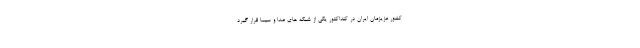
کشور عزیزمان ایران در کنداکتور یکی از شبکه های صدا و سیما قرار گیرد